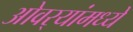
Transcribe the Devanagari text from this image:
ओवर्‍यांमध्ये